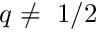
q \ne ~ 1 / 2